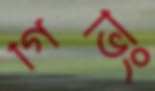
গিভিং